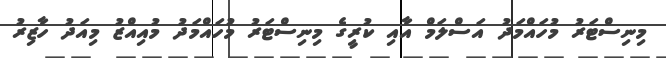
މިނިސްޓަރު މުހައްމަދު އަސްލަމް އާއި ކުރީގެ މިނިސްޓަރު މުހައްމަދު މުއިއްޒު މިއަދު ހާޒިރު